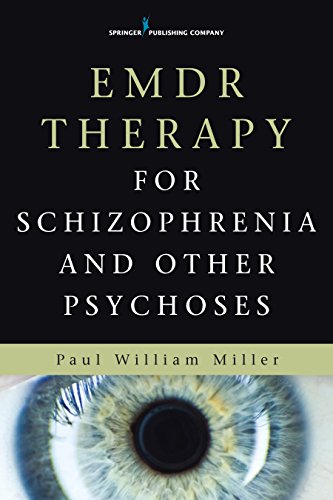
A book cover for EMDR Therapy for Schizophrenia and Other Psychoses; Paul Miller MD  DMH  MRCPsych; Health, Fitness & Dieting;